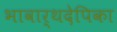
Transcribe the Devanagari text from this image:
भावार्थदेपिका